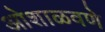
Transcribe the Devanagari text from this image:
ओशाळवणे